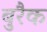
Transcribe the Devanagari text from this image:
बुरैक